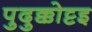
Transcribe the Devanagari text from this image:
पुदुक्कोट्टइ